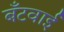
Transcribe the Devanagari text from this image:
बँटवाईं